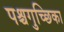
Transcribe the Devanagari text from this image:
पश्चगुच्छिका